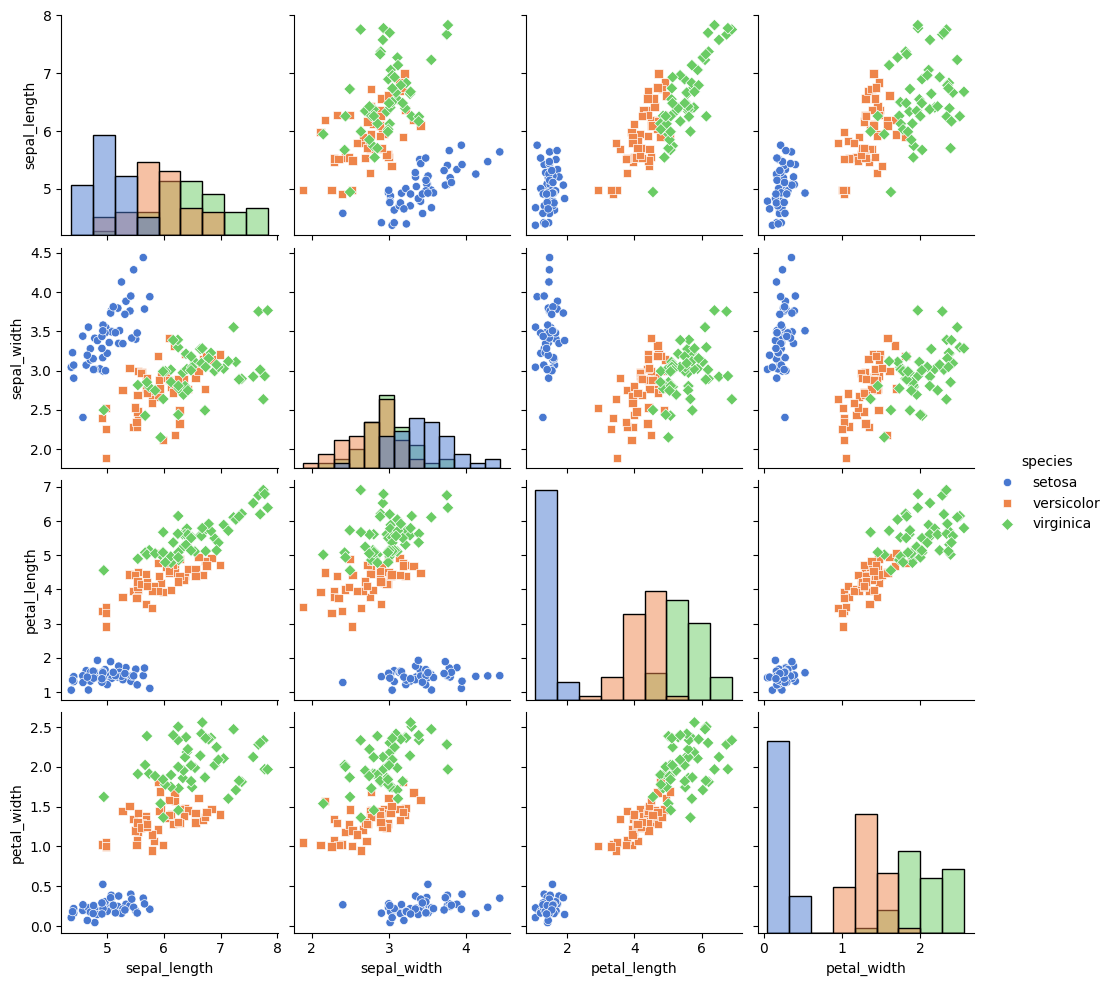
python, seaborn, pairplot, palette='muted', markers=['o', 's', 'D'], kind='scatter', diag_kind='hist'